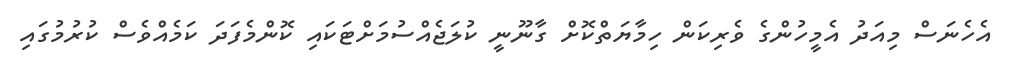
އެހެނަސް މިއަދު އެމީހުންގެ ވެރިކަން ހިމާޔަތްކޮށް ގާނޫނީ ކުލަޖެއްސުމަށްޓަކައި ކޮންމެފަދަ ކަމެއްވެސް ކުރުމުގައި